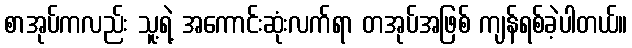
စာအုပ်ကလည်း သူ့ရဲ့ အကောင်းဆုံးလက်ရာ တအုပ်အဖြစ် ကျန်ရစ်ခဲ့ပါတယ်။